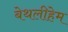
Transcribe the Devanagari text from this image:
बेथलीहेम